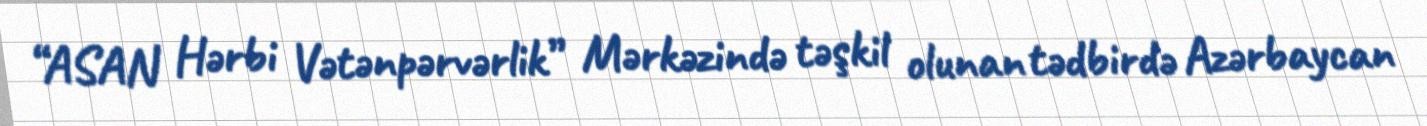
“ASAN Hərbi Vətənpərvərlik” Mərkəzində təşkil olunan tədbirdə Azərbaycan